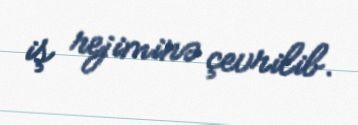
iş rejiminə çevrilib.